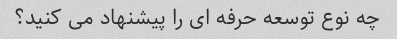
چه نوع توسعه حرفه ای را پیشنهاد می کنید؟